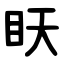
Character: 䀖